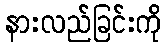
နားလည်ခြင်းကို